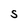
Character: S